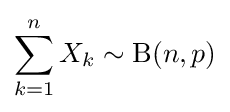
\sum _{k=1}^{n}X_{k}\sim \operatorname {B} (n,p)